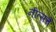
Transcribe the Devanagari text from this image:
नीत्सचे